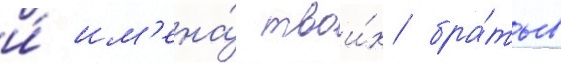
и́ им'ена́ твои́х бра́тьев